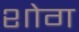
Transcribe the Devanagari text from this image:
शोग